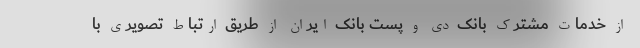
از خدمات مشترک بانک دی و پست بانک ایران از طریق ارتباط تصویری با